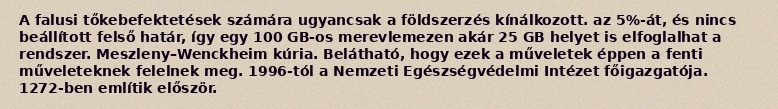
A falusi tőkebefektetések számára ugyancsak a földszerzés kínálkozott. az 5%-át, és nincs beállított felső határ, így egy 100 GB-os merevlemezen akár 25 GB helyet is elfoglalhat a rendszer. Meszleny–Wenckheim kúria. Belátható, hogy ezek a műveletek éppen a fenti műveleteknek felelnek meg. 1996-tól a Nemzeti Egészségvédelmi Intézet főigazgatója. 1272-ben említik először.